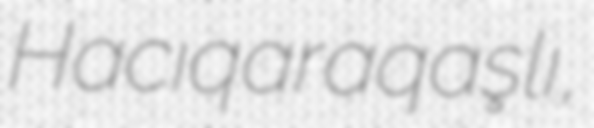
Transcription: Hacıqaraqaşlı,